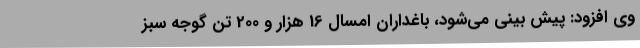
وی افزود: پیش بینی می‌شود، باغداران امسال 16 هزار و 200 تن گوجه سبز